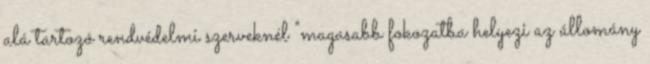
alá tartozó rendvédelmi szerveknél "magasabb fokozatba helyezi az állomány